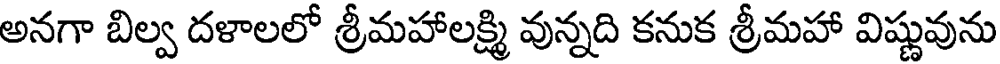
అనగా బిల్వ దళాలలో శ్రీమహాలక్ష్మి వున్నది కనుక శ్రీమహా విష్ణువును